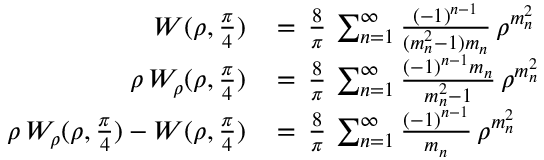
\begin{array} { r l } { W ( \rho , \frac { \pi } { 4 } ) \, } & { = \, \frac { 8 } { \pi } \, \sum _ { n = 1 } ^ { \infty } \frac { ( - 1 ) ^ { n - 1 } } { ( m _ { n } ^ { 2 } - 1 ) m _ { n } } \, \rho ^ { m _ { n } ^ { 2 } } } \\ { \rho \, W _ { \rho } ( \rho , \frac { \pi } { 4 } ) \, } & { = \, \frac { 8 } { \pi } \, \sum _ { n = 1 } ^ { \infty } \frac { ( - 1 ) ^ { n - 1 } m _ { n } } { m _ { n } ^ { 2 } - 1 } \, \rho ^ { m _ { n } ^ { 2 } } } \\ { \rho \, W _ { \rho } ( \rho , \frac { \pi } { 4 } ) - W ( \rho , \frac { \pi } { 4 } ) \, } & { = \, \frac { 8 } { \pi } \, \sum _ { n = 1 } ^ { \infty } \frac { ( - 1 ) ^ { n - 1 } } { m _ { n } } \, \rho ^ { m _ { n } ^ { 2 } } } \end{array}